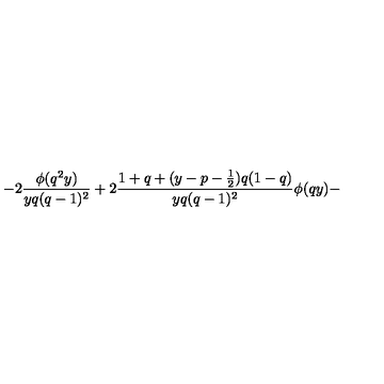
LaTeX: - 2 \frac { \phi ( q ^ { 2 } y ) } { y q ( q - 1 ) ^ { 2 } } + 2 \frac { 1 + q + ( y - p - \frac { 1 } { 2 } ) q ( 1 - q ) } { y q ( q - 1 ) ^ { 2 } } \phi ( q y ) -